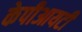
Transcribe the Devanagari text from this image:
केपीआयटी